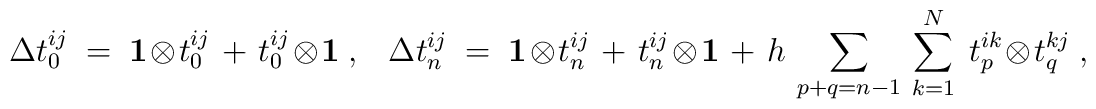
\Delta t_0^{ij} ~=~ {\bf 1} \otimes t_0^{ij} ~+~ t_0^{ij} \otimes{\bf 1}~,~~~\Delta t_n^{ij} ~=~ {\bf 1} \otimes t_n^{ij} ~+~ t_n^{ij} \otimes{\bf 1}~+~ h\, \sum_{p+q = n-1}\,  \sum_{k=1}^N ~ t_p^{ik} \otimes t_q^{kj}~,